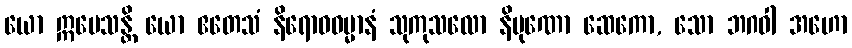
ယော ဣမေသန္တိ ယော ဧတေသံ နိရောဓဓမ္မာနံ သုကုသလော နိပုဏော ဆေကော, သော ဘဂဝါ အဟော